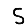
Digit: 5